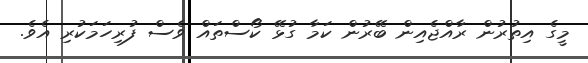
މީގެ އިތުރުން ރާއްޖެއިން ބޭރުން ކަމާ ގުޅޭ ކޯސްތައް ވެސް ފުރިހަމަކުރި އެވެ.